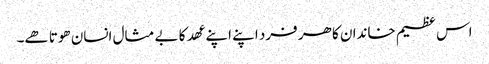
اس عظیم خاندان کا ھر فرد اپنے اپنے عھد کا بے مثال انسان ھوتا ھے۔